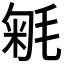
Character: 𣮕